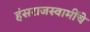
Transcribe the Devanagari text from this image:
हंसराजस्वामींचे